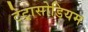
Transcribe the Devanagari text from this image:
टेट्रासोडियम